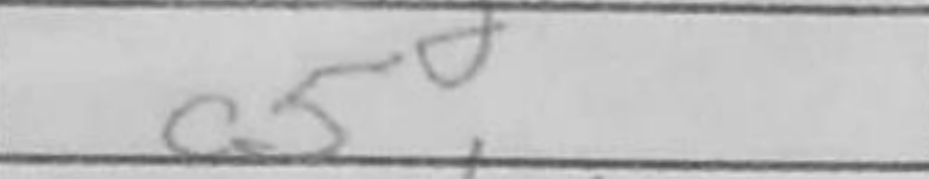
Transcription: a5